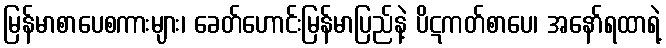
မြန်မာစာပေစကားများ၊ ခေတ်ဟောင်းမြန်မာပြည်နဲ့ ပိဋကတ်စာပေ၊ အနော်ရထာရဲ့